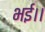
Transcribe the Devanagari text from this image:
भई।।